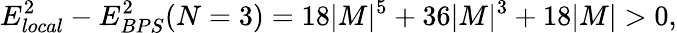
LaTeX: E_{local}^{2}-E_{BPS}^{2}(N=3)=18|M|^{5}+36|M|^{3}+18|M|>0,